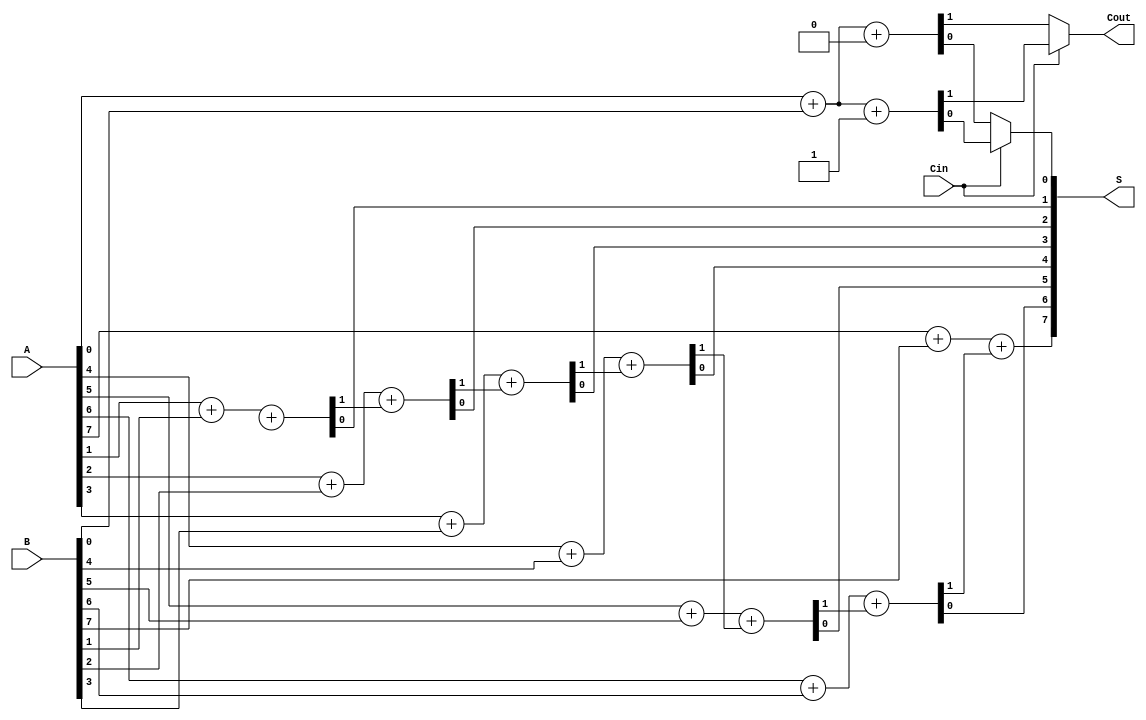
module DynamicCarrySelectAdder #(parameter N = 8) (
    input  [N-1:0] A,      // First n-bit input
    input  [N-1:0] B,      // Second n-bit input
    input          Cin,     // Input carry
    output [N-1:0] S,      // n-bit sum output
    output         Cout     // Output carry
);

    wire [N-1:0] S0;       // Sum output when Cin = 0
    wire [N-1:0] S1;       // Sum output when Cin = 1
    wire Cout0;            // Carry out when Cin = 0
    wire Cout1;            // Carry out when Cin = 1
    wire [N:0] C;          // Carry signals for both cases

    // Ripple Carry Adder when Cin = 0
    generate
        genvar i;
        for (i = 0; i < N; i = i + 1) begin : RCA0
            if (i == 0) begin
                assign {Cout0, S0[i]} = A[i] + B[i] + 1'b0; // Cin = 0
            end else begin
                assign {C[i], S0[i]} = A[i] + B[i] + C[i-1]; // Carry from previous bit
            end
        end
    endgenerate

    // Ripple Carry Adder when Cin = 1
    generate
        for (i = 0; i < N; i = i + 1) begin : RCA1
            if (i == 0) begin
                assign {Cout1, S1[i]} = A[i] + B[i] + 1'b1; // Cin = 1
            end else begin
                assign {C[i], S1[i]} = A[i] + B[i] + C[i-1]; // Carry from previous bit
            end
        end
    endgenerate

    // Carry selection logic
    assign Cout = Cin ? Cout1 : Cout0; // Select Cout based on Cin

    // Sum selection logic
    generate
        for (i = 0; i < N; i = i + 1) begin : SumSelect
            assign S[i] = Cin ? S1[i] : S0[i]; // Select S based on Cin
        end
    endgenerate

endmodule